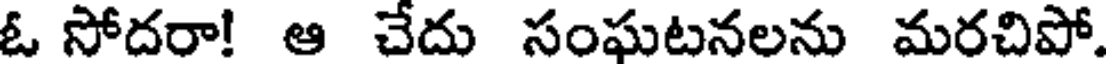
ఓ సోదరా! ఆ చేదు సంఘటనలను మరచిపో.